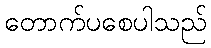
တောက်ပစေပါသည်